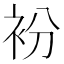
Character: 衯